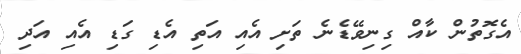
އެގޮތުން ކާއް ގިނިވޭޑެނެ ތަށި އެއި އަތި އެޑި ގަޑި އެއި އަދި